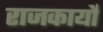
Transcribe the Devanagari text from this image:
राजकार्यों